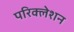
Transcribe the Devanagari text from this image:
परिक्लेशन